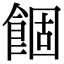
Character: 䭅